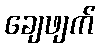
ချေဖျက်